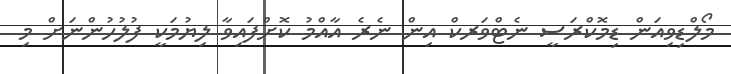
މޯލްޑިވިއަން ޑިމޮކްރަސީ ނެޓްވަރކް އިން ނެރެ އާއްމު ކޮށްފައިވާ ލިޔުމަކީ ފުލުހުންނަށް މި